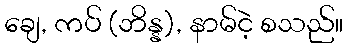
ချေ, ကပ် (ဘိန္န), နာမ်ငဲ့ စသည်။